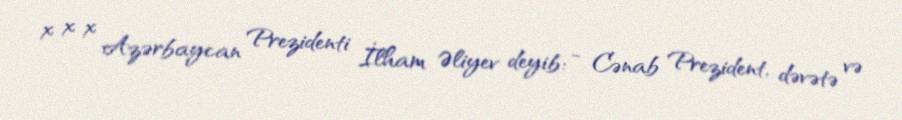
x x x Azərbaycan Prezidenti İlham Əliyev deyib: - Cənab Prezident, dəvətə və